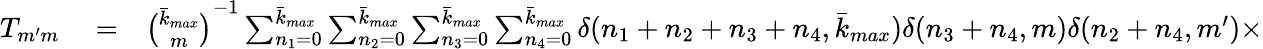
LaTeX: \begin{array}{rlr}{T_{m^{\prime}m}}&{{}=}&{\binom{\bar{k}_{max}}{m}^{-1}\sum_{n_{1}=0}^{\bar{k}_{max}}\sum_{n_{2}=0}^{\bar{k}_{max}}\sum_{n_{3}=0}^{\bar{k}_{max}}\sum_{n_{4}=0}^{\bar{k}_{max}}\delta(n_{1}+n_{2}+n_{3}+n_{4},{\bar{k}_{max}})\delta(n_{3}+n_{4},m)\delta(n_{2}+n_{4},m^{\prime})\times}\end{array}